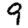
Digit: 9